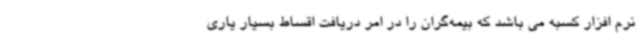
نرم افزار کسبه می باشد که بیمه‌گران را در امر دریافت اقساط بسیار یاری